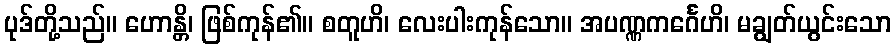
ပုဒ်တို့သည်။ ဟောန္တိ၊ ဖြစ်ကုန်၏။ စတူဟိ၊ လေးပါးကုန်သော။ အပဏ္ဏကင်္ဂေဟိ၊ မချွတ်ယွင်းသော